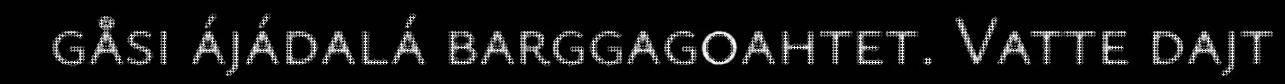
gåsi ájádalá barggagoahtet. Vatte dajt